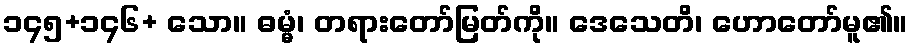
၁၄၅+၁၄၆+ သော။ ဓမ္မံ၊ တရားတော်မြတ်ကို။ ဒေသေတိ၊ ဟောတော်မူ၏။